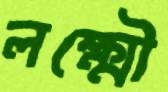
লক্ষ্মৌ